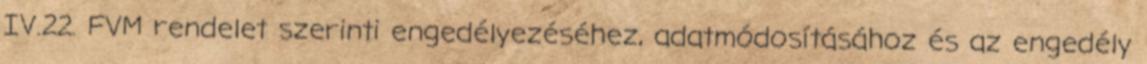
IV.22. FVM rendelet szerinti engedélyezéséhez, adatmódosításához és az engedély